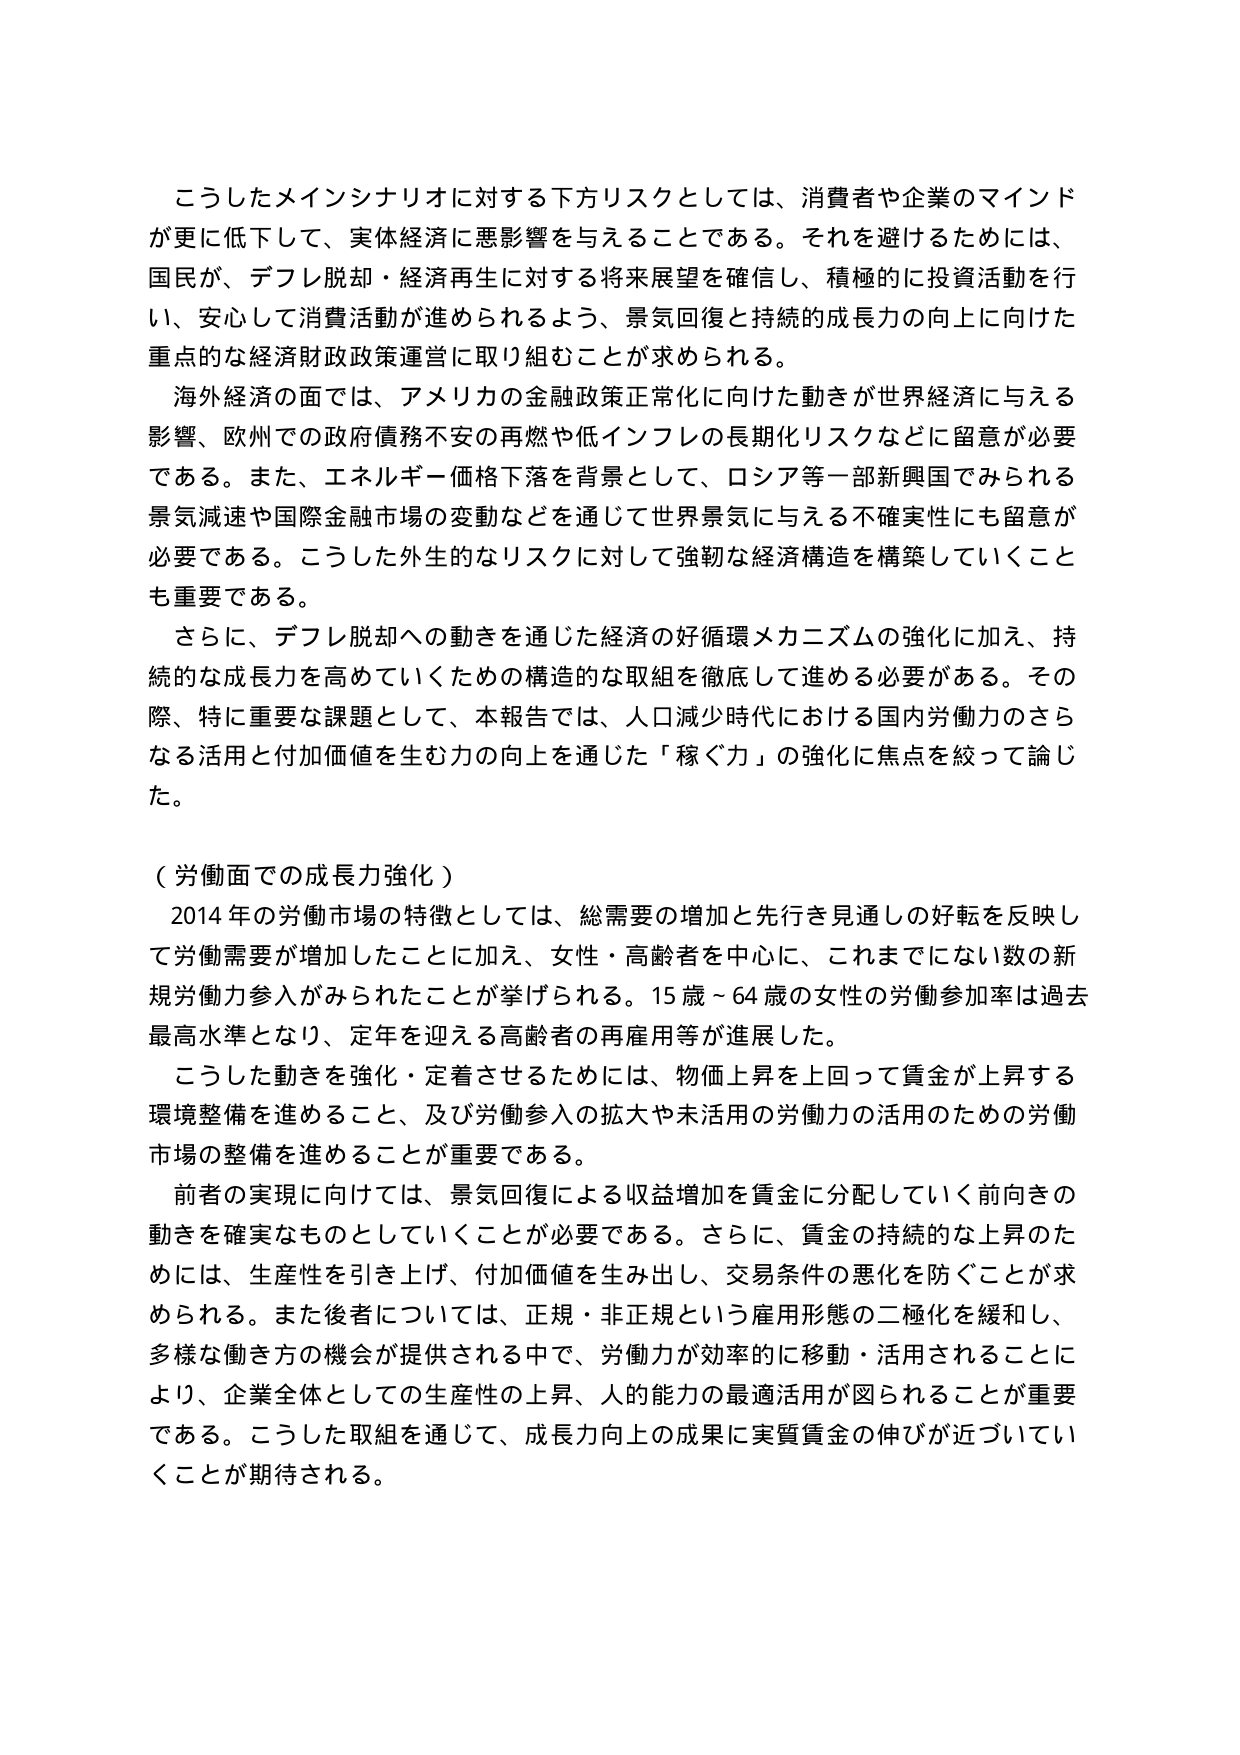
こうしたメインシナリオに対する下方リスクとしては、消費者や企業のマインドが更に低下して、実体経済に悪影響を与えることである。それを避けるためには、国民が、デフレ脱却・経済再生に対する将来展望を確信し、積極的に投資活動を行い、安心して消費活動が進められるよう、景気回復と持続的成長力の向上に向けた重点的な経済財政政策運営に取り組むことが求められる。

海外経済の面では、アメリカの金融政策正常化に向けた動きが世界経済に与える影響、欧州での政府債務不安の再燃や低インフレの長期化リスクなどに留意が必要である。また、エネルギー価格下落を背景として、ロシア等一部新興国でみられる景気減速や国際金融市場の変動などを通じて世界景気に与える不確実性にも留意が必要である。こうした外生的なリスクに対して強靭な経済構造を構築していくことも重要である。

さらに、デフレ脱却への動きを通じた経済の好循環メカニズムの強化に加え、持続的な成長力を高めていくための構造的な取組を徹底して進める必要がある。その際、特に重要な課題として、本報告では、人口減少時代における国内労働力のさらなる活用と付加価値を生む力の向上を通じた「稼ぐ力」の強化に焦点を絞って論じた。

（労働面での成長力強化）

2014年の労働市場の特徴としては、総需要の増加と先行き見通しの好転を反映して労働需要が増加したことに加え、女性・高齢者を中心に、これまでにない数の新規労働力参入がみられたことが挙げられる。15歳～64歳の女性の労働参加率は過去最高水準となり、定年を迎える高齢者の再雇用等が進展した。

こうした動きを強化・定着させるためには、物価上昇を上回って賃金が上昇する環境整備を進めること、及び労働参入の拡大や未活用の労働力の活用のための労働市場の整備を進めることが重要である。

前者の実現に向けては、景気回復による収益増加を賃金に分配していく前向きの動きを確実なものとしていくことが必要である。さらに、賃金の持続的な上昇のためには、生産性を引き上げ、付加価値を生み出し、交易条件の悪化を防ぐことが求められる。また後者については、正規・非正規という雇用形態の二極化を緩和し、多様な働き方の機会が提供される中で、労働力が効率的に移動・活用されることにより、企業全体としての生産性の上昇、人的能力の最適活用が図られることが重要である。こうした取組を通じて、成長力向上の成果に実質賃金の伸びが近づいていくことが期待される。